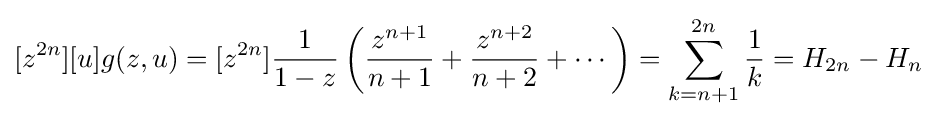
[z^{2n}][u]g(z,u)=[z^{2n}]{\frac {1}{1-z}}\left({\frac {z^{n+1}}{n+1}}+{\frac {z^{n+2}}{n+2}}+\cdots \right)=\sum _{k=n+1}^{2n}{\frac {1}{k}}=H_{2n}-H_{n}